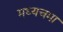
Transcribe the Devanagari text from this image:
मध्यचमा